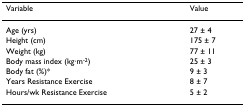
<table><thead><tr><td><b>Variable</b></td><td><b>Value</b></td></tr></thead><tbody><tr><td>Age (yrs)</td><td>27 ± 4</td></tr><tr><td>Height (cm)</td><td>175 ± 7</td></tr><tr><td>Weight (kg)</td><td>77 ± 11</td></tr><tr><td>Body mass index (kg·m<sup>-2</sup>)</td><td>25 ± 3</td></tr><tr><td>Body fat (%)*</td><td>9 ± 3</td></tr><tr><td>Years Resistance Exercise</td><td>8 ± 7</td></tr><tr><td>Hours/wk Resistance Exercise</td><td>5 ± 2</td></tr></tbody></table>